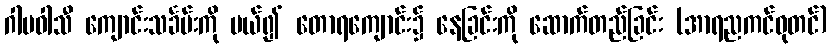
ဂါမဝါသီ ကျောင်းသင်္ခမ်းကို ပယ်၍ တောရကျောင်း၌ နေခြင်းကို ဆောက်တည်ခြင်း (အာရညကင်ဓုတင်)